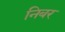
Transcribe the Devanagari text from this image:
निबर